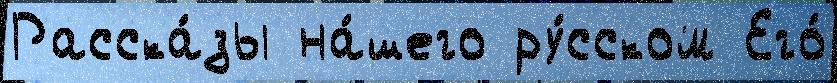
Расска́зы на́шего ру́сском Его́